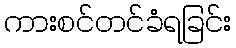
ကားစင်တင်ခံရခြင်း